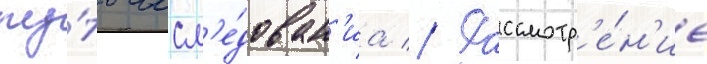
пу́ть иссл'е́дован'иа // Рассмотр'е́н'ие